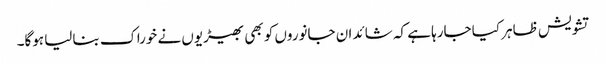
تشویش ظاہر کیا جارہا ہے کہ شائد ان جانوروں کو بھی بھیڑیوں نے خوراک بنالیا ہوگا۔